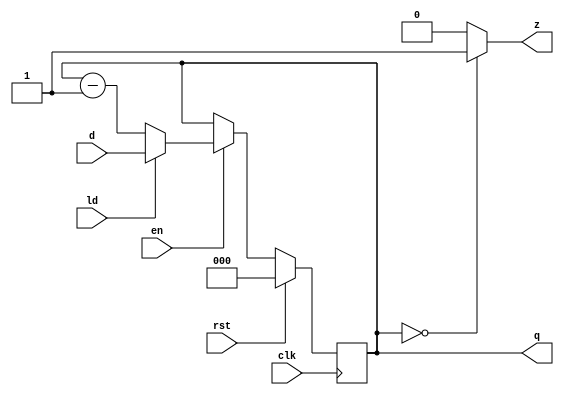
module counter_dec
    #(parameter WIDTH=3)
    (
        input  clk, rst, en, ld,
        input  [WIDTH-1:0] d,
        output [WIDTH-1:0] q,
        output z
    );

    reg [WIDTH-1:0] cnt;

    always @ (posedge clk)
    begin
        if (rst)
            cnt=0;
        else if (en)
            if (ld)
                cnt = d;
            else 
                cnt = cnt-1;
    end 

    assign q = cnt;
    assign z = cnt==0 ? 1'b1 : 1'b0;

endmodule